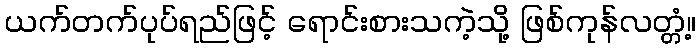
ယက်တက်ပုပ်ရည်ဖြင့် ရောင်းစားသကဲ့သို့ ဖြစ်ကုန်လတ္တံ့။